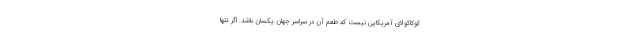
کوکاکولای آمریکایی نیست که طعم آن در سراسر جهان یکسان باشد. اگر تنها